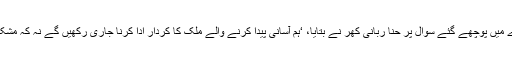
نیٹو رسد کے بحالی کے بارے میں پوچھے گئے سوال پر حنا ربانی کھر نے بتایا، ‘ہم آسانی پیدا کرنے والے ملک کا کردار ادا کرنا جاری رکھیں گے نہ کہ مشکلات پیدا کرنے والے ملک کا۔